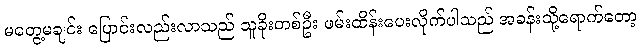
မတွေ့မချင်း ပြောင်းလည်းလာသည် သူခိုးတစ်ဦး ဖမ်းထိန်းပေးလိုက်ပါသည် အခန်းသို့ရောက်တော့